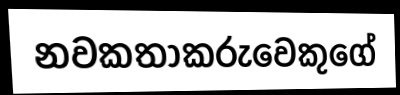
නවකතාකරුවෙකුගේ